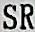
SR